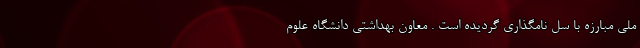
ملی مبارزه با سل نامگذاری گردیده است . معاون بهداشتی دانشگاه علوم